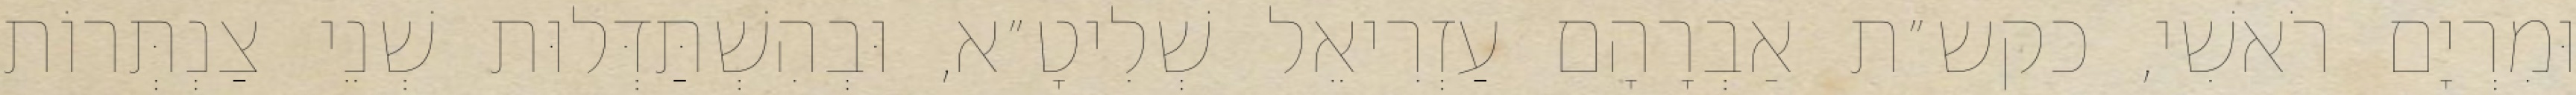
וּמִרְיָם רֹאשִׁי, כקש״ת אַבְרָהָם עַזְרִיאֵל שְׁלִיטָ״א, וּבְהִשְׁתַּדְּלוּת שְׁנֵי צַנְתְּרוֹת